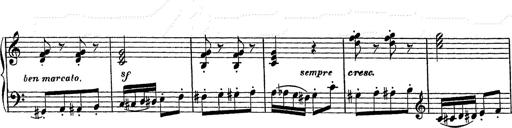
Title: Grand galop chromatique
Composer: Franz Liszt
Key: E-flat major (simplified version in EÂ major)